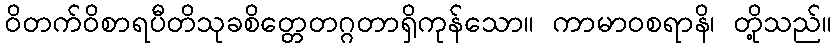
ဝိတက်ဝိစာရပီတိသုခစိတ္တေတဂ္ဂတာရှိကုန်သော။ ကာမာဝစရာနိ၊ တို့သည်။